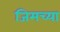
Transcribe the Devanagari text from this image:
जिमच्या